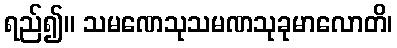
ရည်၍။ သမဏေသုသမဏသုခုမာလောတိ၊